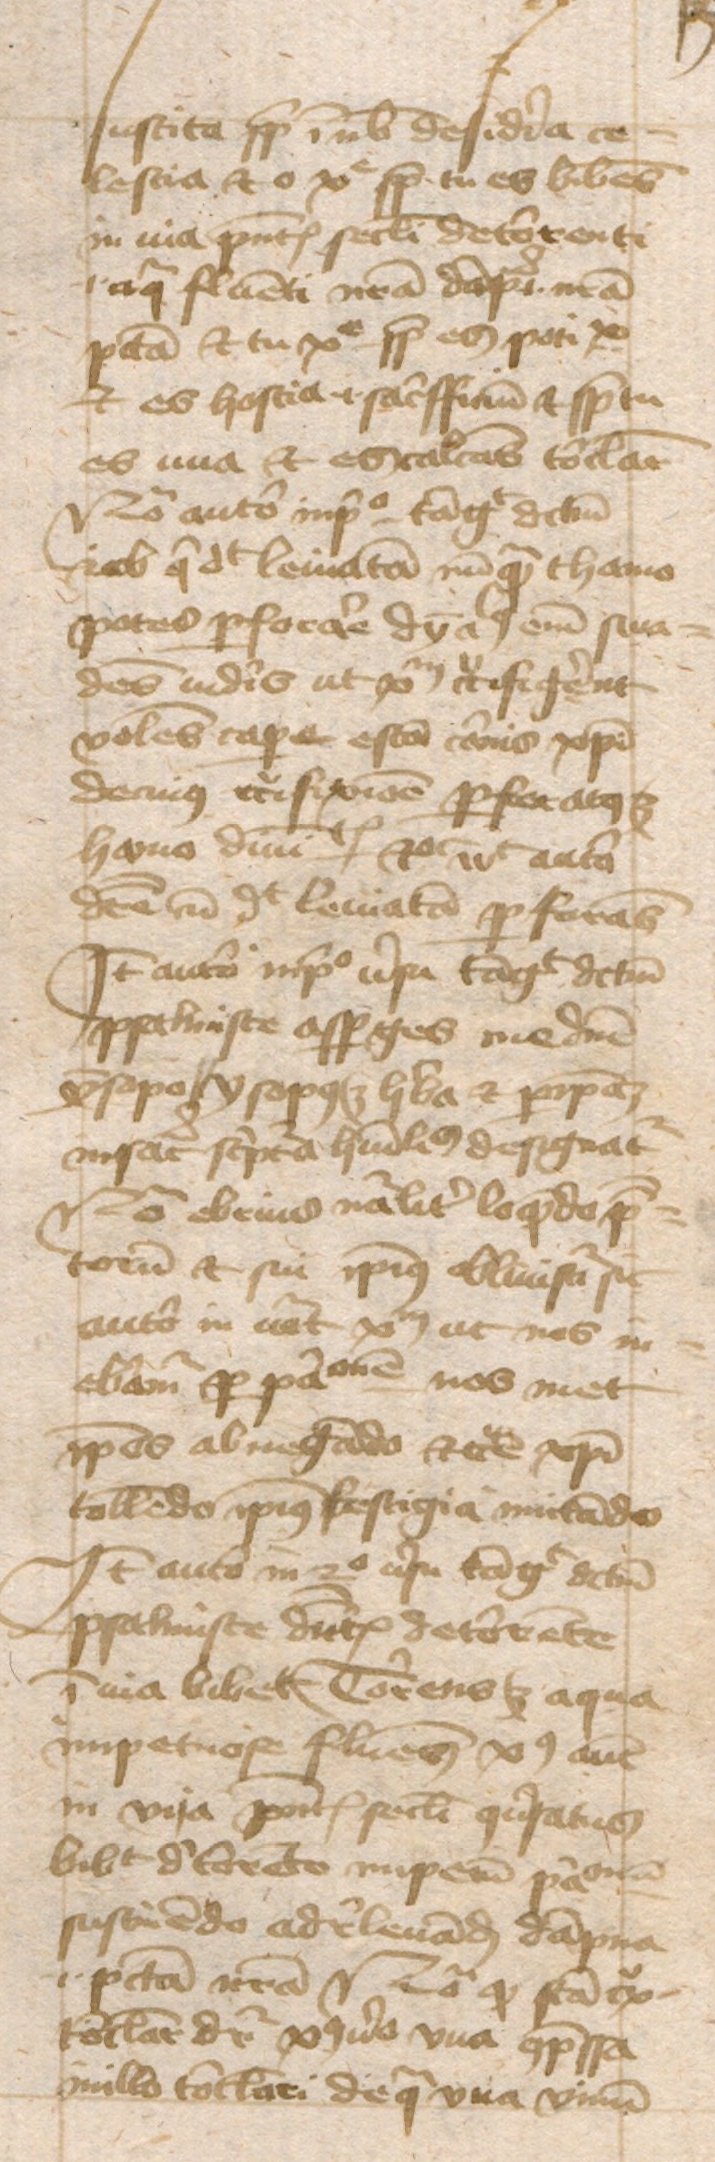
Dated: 1443–1443